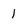
Character: 1